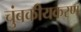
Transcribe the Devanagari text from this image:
चुंबकीयकरण